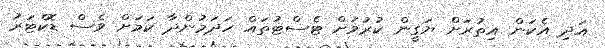
އަދި އެކަން އިތުރަށް ޔަގީން ކުރުމަށް ޓެސްޓުތައް ހަދަމުންދާ ކަމަށް ވެސް ޑޮކްޓަރު